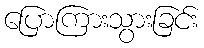
ပြောကြားသွားခြင်း